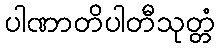
ပါဏာတိပါတီသုတ္တံ